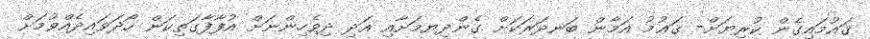
ޤައުމައިގެން ކުރިޔަށް- ޤަޢުމު އަމާން ބަނދަރަކަށް ގެންދިޔމަށާއި އަދި ދިވެހިންނަށް އުފާފާގަތިކަން ހޯދަވައިދެއްވުމަށް